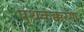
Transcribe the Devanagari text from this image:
पृथकक्करण